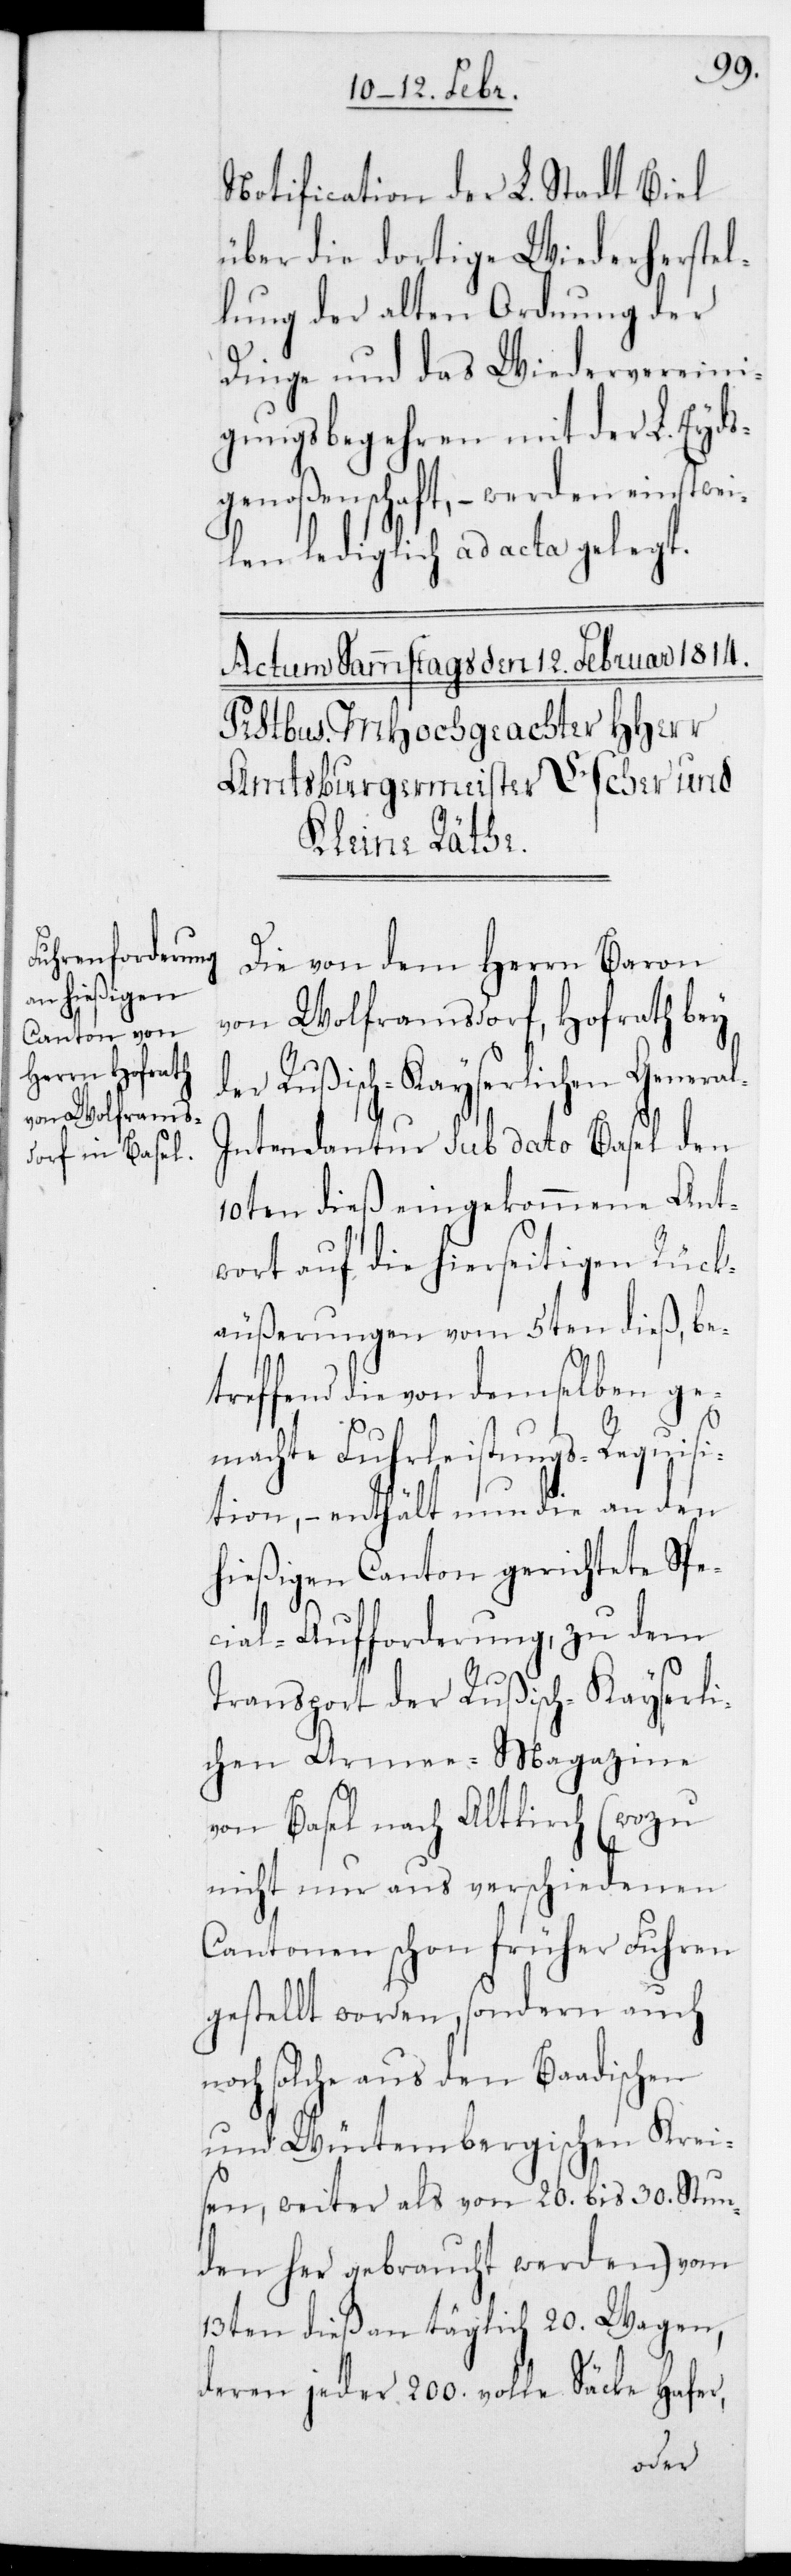
Notification der L. Stadt Biel
über die dortige Wiederherstel¬
lung der alten Ordnung der
Dinge und das Wiedervereini¬
gungsbegehren mit der L. Eyds¬
genoßenschaft, – werden einstwei¬
len lediglich ad acta gelegt.
Die von dem Herrn Baron
von Wolframsdorf, Hofrath bey
der Rußisch-Kayserlichen Genera¬
l-Intendantur sub dato Basel den
10ten dieß eingekommene Ant¬
wort auf die hierseitigen Rück¬
äußerungen vom 5ten dieß, be¬
treffend die von demselben ge¬
machte Fuhrleistungs-Requisi¬
tion, – enthät nun die an den
hießigen Canton gerichtete Spe¬
cial-Aufforderung, zu dem
Transport der Rußisch-Kayserli¬
chen Armee-Magazine
von Basel nach Altkirch (wozu
nicht nur aus verschiedenen
Cantonen schon früher Fuhren
gestellt worden, sondern auch
noch solche aus den Baadischen
und Würtembergischen Krei¬
sen, weiter als von 20. bis 30. Stun¬
den her gebraucht werden) vom
13ten dieß an täglich 20. Wagen,
deren jeder 200. volle Säcke Hafer